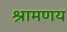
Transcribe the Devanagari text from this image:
श्रामणय